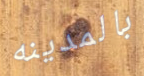
بالمدينه